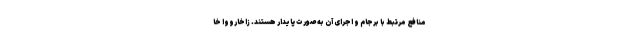
منافع مرتبط با برجام و اجرای آن به صورت پایدار هستند. زاخارووا خا